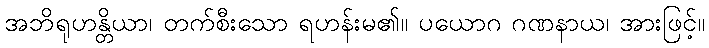
အဘိရုဟန္တိယာ၊ တက်စီးသော ရဟန်းမ၏။ ပယောဂ ဂဏနာယ၊ အားဖြင့်။